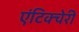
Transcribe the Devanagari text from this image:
एंटिक्चेरी